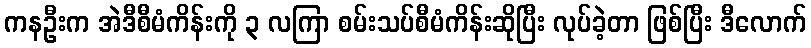
ကနဦးက အဲဒီစီမံကိန်းကို ၃ လကြာ စမ်းသပ်စီမံကိန်းဆိုပြီး လုပ်ခဲ့တာ ဖြစ်ပြီး ဒီလောက်